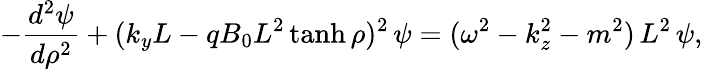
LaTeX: -{\frac{d^{2}\psi}{d\rho^{2}}}+(k_{y}L-qB_{0}L^{2}\operatorname{tanh}\rho)^{2}\, \psi=(\omega^{2}-k_{z}^{2}-m^{2})\, L^{2}\, \psi,